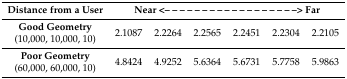
<table><thead><tr><td><b>Distance from a User</b></td><td colspan="6"><b>Near &lt;– – – – – – – – – – – – – – – – – –&gt; Far</b></td></tr></thead><tbody><tr><td><b>Good Geometry</b></td><td rowspan="2">2.1087</td><td rowspan="2">2.2264</td><td rowspan="2">2.2565</td><td rowspan="2">2.2451</td><td rowspan="2">2.2304</td><td rowspan="2">2.2105</td></tr><tr><td>(10,000, 10,000, 10)</td></tr><tr><td><b>Poor Geometry</b></td><td rowspan="2">4.8424</td><td rowspan="2">4.9252</td><td rowspan="2">5.6364</td><td rowspan="2">5.6731</td><td rowspan="2">5.7758</td><td rowspan="2">5.9863</td></tr><tr><td>(60,000, 60,000, 10)</td></tr></tbody></table>